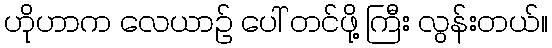
ဟိုဟာက လေယာဉ် ပေါ် တင်ဖို့ ကြီး လွန်းတယ်။